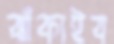
ঝাঁকাইব